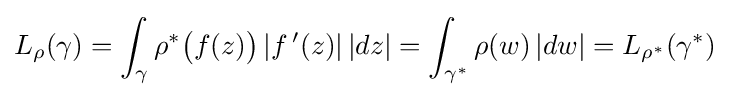
L_{\rho }(\gamma )=\int _{\gamma }\rho ^{*}{\bigl (}f(z){\bigr )}\,|f\,'(z)|\,|dz|=\int _{\gamma ^{*}}\rho (w)\,|dw|=L_{\rho ^{*}}(\gamma ^{*})